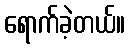
ရောက်ခဲ့တယ်။